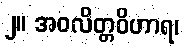
၂။ အဝလိတ္တဝိဟာရ၊